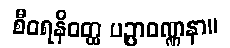
စီဝရနိဝတ္ထ ပဉ္ပာဝဏ္ဏနာ။